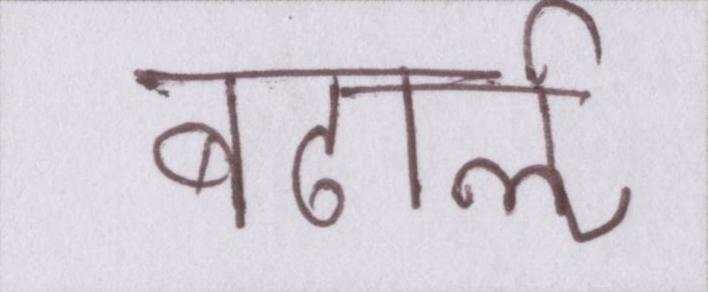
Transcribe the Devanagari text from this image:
बढार्ऌ